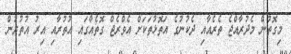
މިގޮތުން މެދުރާއްޖެ ތެރެއާއި ދެކުނުގެ އަތޮޅުތަކަށް އެވްރެޖް ގޮތެއްގައި އުތުރާއި އިރު އުތުރުން